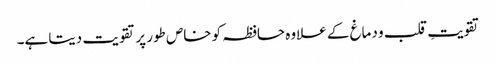
تقویتِ قلب و دماغ کے علاوہ حافظہ کو خاص طور پر تقویت دیتا ہے۔